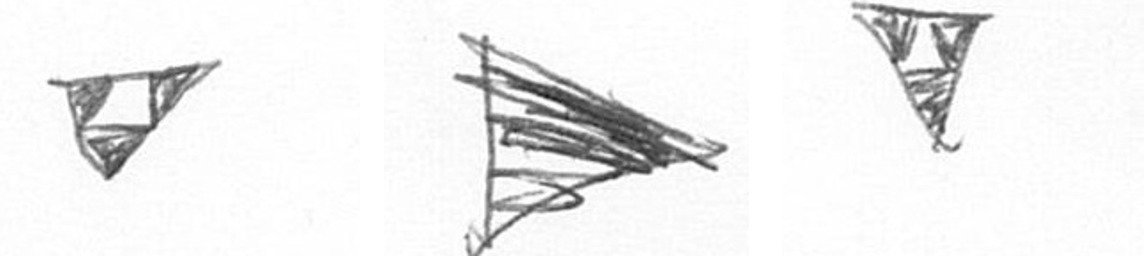
S T S